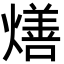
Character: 㷽